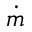
\dot { m }